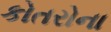
કોતરોના